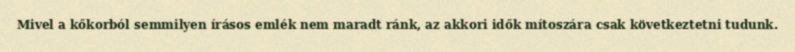
Mivel a kőkorból semmilyen írásos emlék nem maradt ránk, az akkori idők mítoszára csak következtetni tudunk.